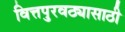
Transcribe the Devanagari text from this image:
वित्तपुरवठ्यासाठी